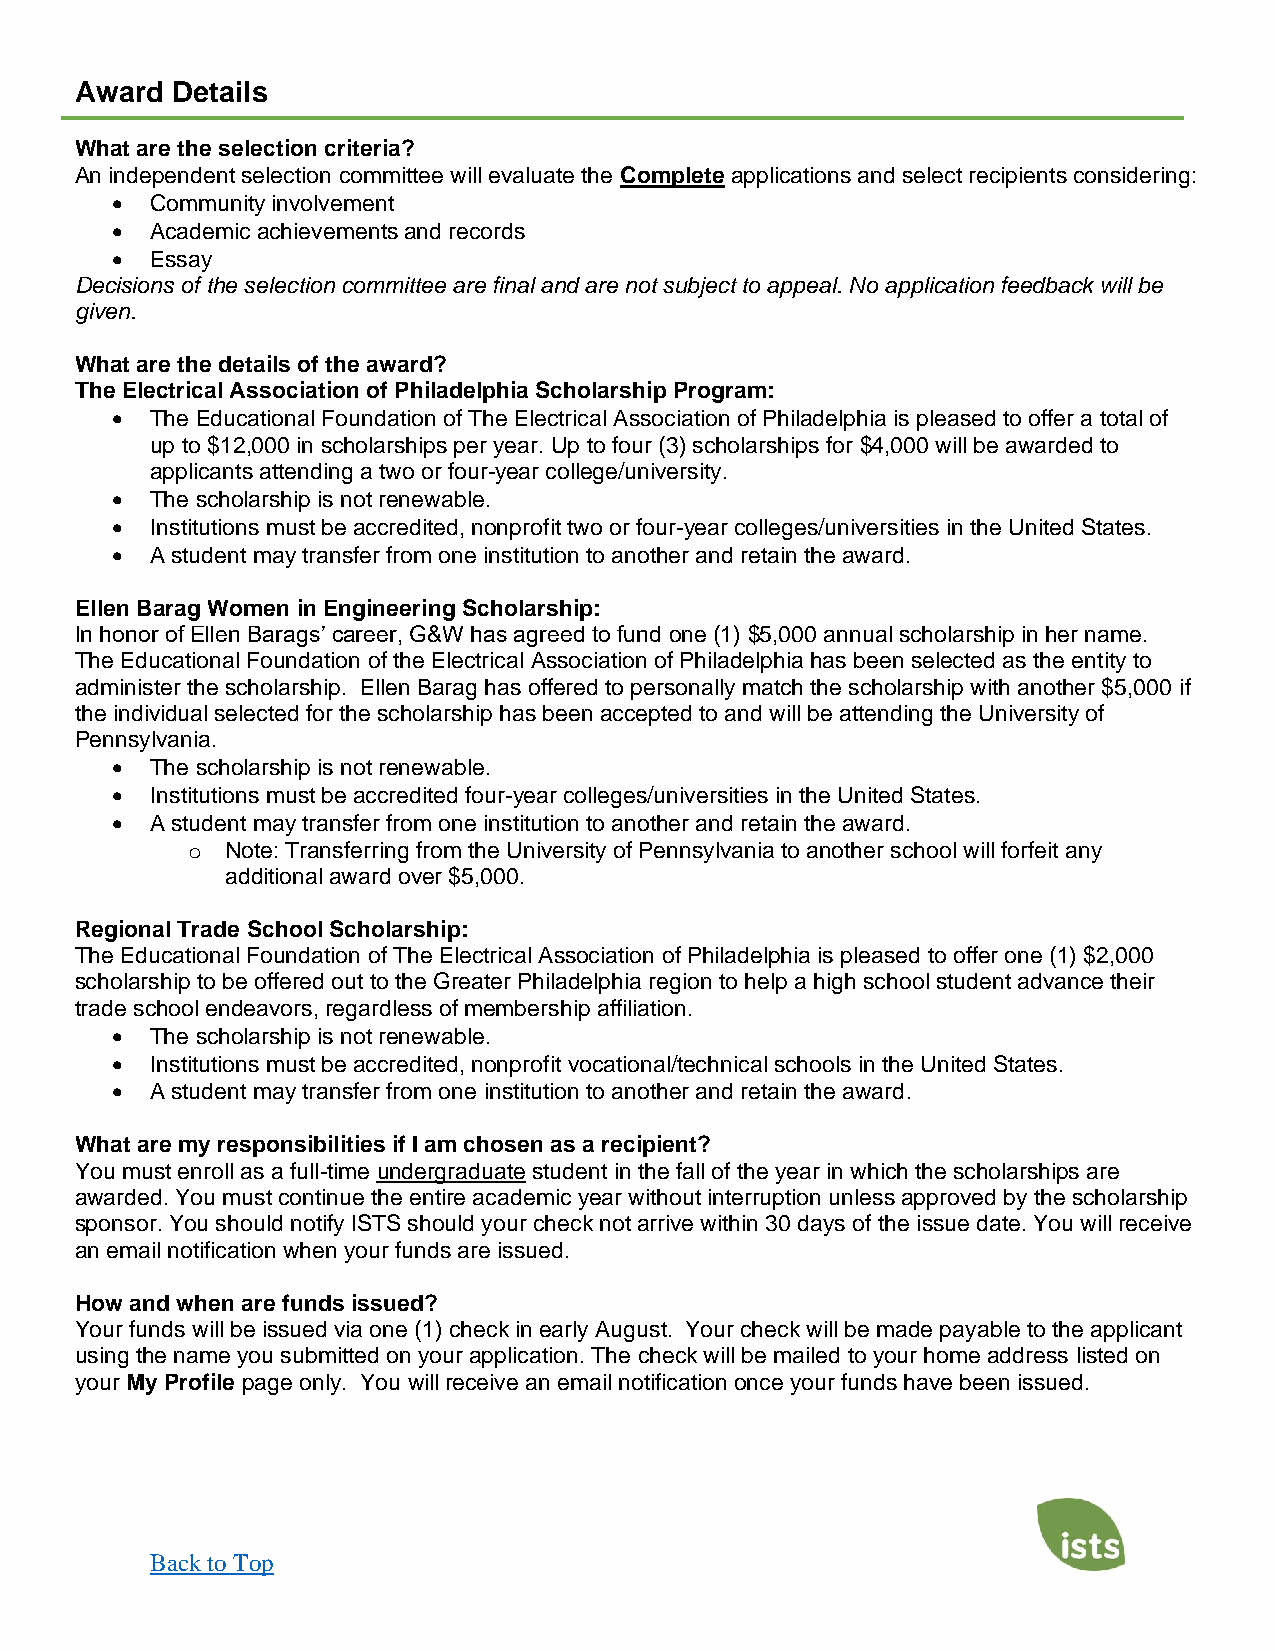
Award Details
 What are the selection criteria?
 An independent selection committee will evaluate the Complete applications and select recipients considering:
 •  Community involvement
 •  Academic achievements and records
 •  Essay
 Decisions of the selection committee are final and are not subject to appeal. No application feedback will be
 given.
 What are the details of the award?
 The Electrical Association of Philadelphia Scholarship Program:
 •  The Educational Foundation of The Electrical Association of Philadelphia is pleased to offer a total of
 up to $12,000 in scholarships per year. Up to four (3) scholarships for $4,000 will be awarded to
 applicants attending a two or four-year college/university.
 •  The scholarship is not renewable.
 •  Institutions must be accredited, nonprofit two or four-year colleges/universities in the United States.
 •  A student may transfer from one institution to another and retain the award.
 Ellen Barag Women in Engineering Scholarship:
 In honor of Ellen Barags’ career, G&W has agreed to fund one (1) $5,000 annual scholarship in her name.
 The Educational Foundation of the Electrical Association of Philadelphia has been selected as the entity to
 administer the scholarship. Ellen Barag has offered to personally match the scholarship with another $5,000 if
 the individual selected for the scholarship has been accepted to and will be attending the University of
 Pennsylvania.
 •  The scholarship is not renewable.
 •  Institutions must be accredited four-year colleges/universities in the United States.
 •  A student may transfer from one institution to another and retain the award.
 o  Note: Transferring from the University of Pennsylvania to another school will forfeit any
 additional award over $5,000.
 Regional Trade School Scholarship:
 The Educational Foundation of The Electrical Association of Philadelphia is pleased to offer one (1) $2,000
 scholarship to be offered out to the Greater Philadelphia region to help a high school student advance their
 trade school endeavors, regardless of membership affiliation.
 •  The scholarship is not renewable.
 •  Institutions must be accredited, nonprofit vocational/technical schools in the United States.
 •  A student may transfer from one institution to another and retain the award.
 What are my responsibilities if I am chosen as a recipient?
 You must enroll as a full-time undergraduate student in the fall of the year in which the scholarships are
 awarded. You must continue the entire academic year without interruption unless approved by the scholarship
 sponsor. You should notify ISTS should your check not arrive within 30 days of the issue date. You will receive
 an email notification when your funds are issued.
 How and when are funds issued?
 Your funds will be issued via one (1) check in early August. Your check will be made payable to the applicant
 using the name you submitted on your application. The check will be mailed to your home address listed on
 your My Profile page only. You will receive an email notification once your funds have been issued.
 Back to Top